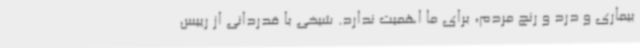
بیماری و درد و رنج مردم، برای ما اهمیت ندارد. شیخی با قدردانی از رییس